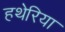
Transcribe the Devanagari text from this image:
हथेरिया